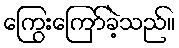
ကြွေးကြော်ခဲ့သည်။